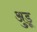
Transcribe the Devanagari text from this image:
अुडू